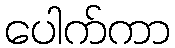
ပေါက်ကာ